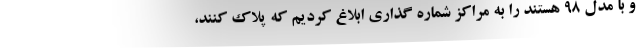
و با مدل ۹۸ هستند را به مراکز شماره گذاری ابلاغ کردیم که پلاک کنند،